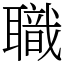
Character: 職